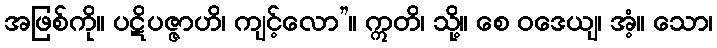
အဖြစ်ကို။ ပဋိပဇ္ဇာဟိ၊ ကျင့်လော”။ ဣတိ၊ သို့။ စေ ဝဒေယျ၊ အံ့။ သော၊